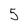
Character: 5